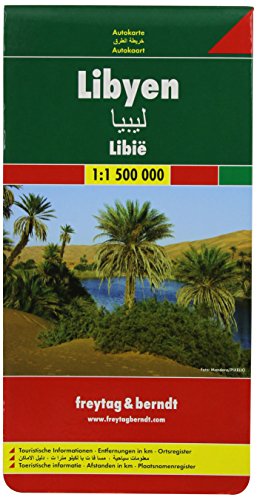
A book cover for Libya (Road Maps) (English and German Edition); Freytag-Berndt; Travel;